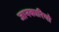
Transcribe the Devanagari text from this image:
जानकारियो